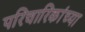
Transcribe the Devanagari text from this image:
परिचारिकांच्या